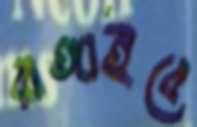
রাঙ্গাইবে